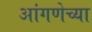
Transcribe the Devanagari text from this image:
आंगणेच्या